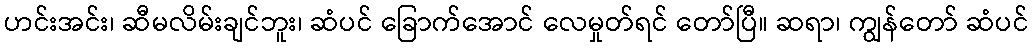
ဟင်းအင်း၊ ဆီမလိမ်းချင်ဘူး၊ ဆံပင် ခြောက်အောင် လေမှုတ်ရင် တော်ပြီ။ ဆရာ၊ ကျွန်တော် ဆံပင်